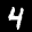
Label: 4